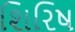
શિરિષ